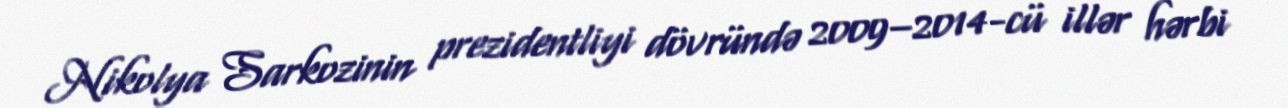
Nikolya Sarkozinin prezidentliyi dövründə 2009–2014-cü illər hərbi